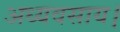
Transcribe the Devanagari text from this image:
अध्यवसाय।